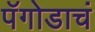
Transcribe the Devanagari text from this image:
पॅगोडाचं